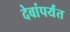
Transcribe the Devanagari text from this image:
देवांपर्यंत